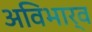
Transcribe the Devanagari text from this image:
अविभार्व